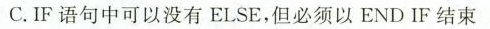
C.IF语句中可以没有ELSE，但必须以END IF结束